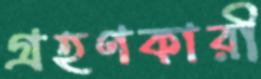
গ্রহণকারী